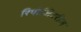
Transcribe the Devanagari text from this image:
रिपोजिटरीज